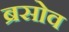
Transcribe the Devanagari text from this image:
ब्रसोव